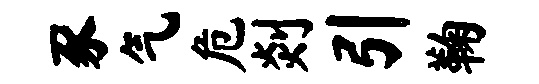
豕气危剡引鞠